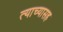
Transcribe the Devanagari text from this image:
त्याच्यासह